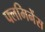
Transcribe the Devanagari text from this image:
फ्लमिनेंस